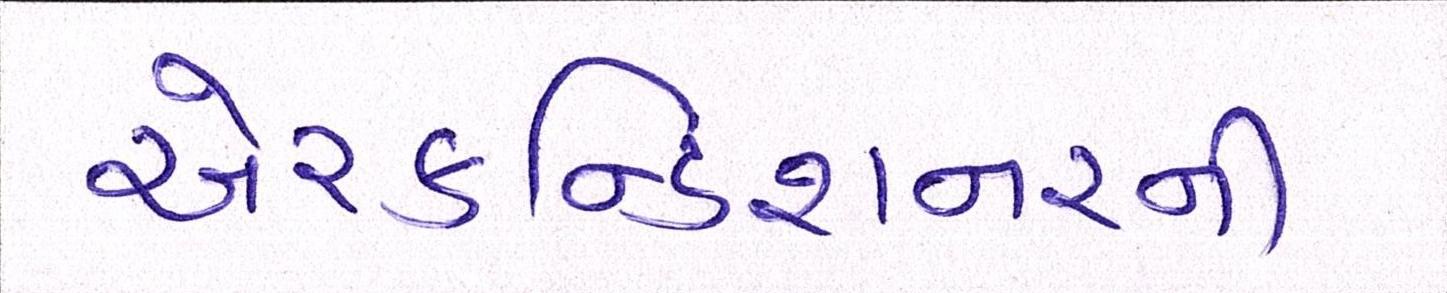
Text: એરકન્ડિશનરની